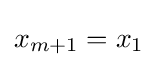
x_{m+1}=x_{1}